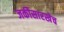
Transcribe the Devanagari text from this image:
जर्कीसारखेच